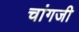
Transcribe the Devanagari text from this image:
चांगजी